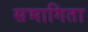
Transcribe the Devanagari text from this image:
सभागिता